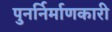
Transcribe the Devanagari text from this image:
पुनर्निर्माणकारी